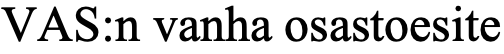
VAS:n vanha osastoesite